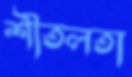
শীতলতা